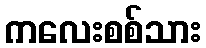
ကလေးစစ်သား